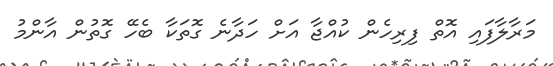
މަރާލާފައި އޮތް ފިރިހެން ކުއްޖާ އަށް ހަދާނެ ގޮތަކާ ބެހޭ ގޮތުން އާންމު